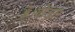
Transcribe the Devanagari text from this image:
हैं।बोतल